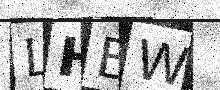
Text: LHEW